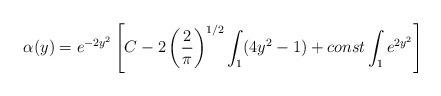
LaTeX: \begin{align*}\alpha(y)=e^{-2y^{2}}\left[C-2\left(\frac{2}{\pi}\right)^{1/2}\int_{1}(4y^{2}-1) + const\int_{1}e^{2y^{2}}\right]\end{align*}